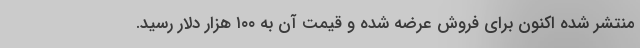
منتشر شده اکنون برای فروش عرضه شده و قیمت آن به ۱۰۰ هزار دلار رسید.